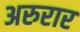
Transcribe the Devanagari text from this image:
अरुरार